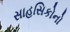
સાહસિકોનો